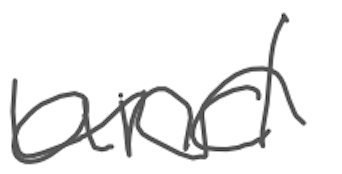
Text: and
Cross-out: wave
Writing tool: digital_gray